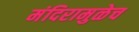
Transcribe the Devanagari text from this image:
मंदिरामुळेच